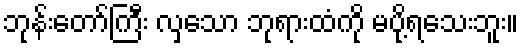
ဘုန်းတော်ကြီး လှသော ဘုရားထံကို မပို့ရသေးဘူး။